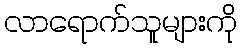
လာရောက်သူများကို